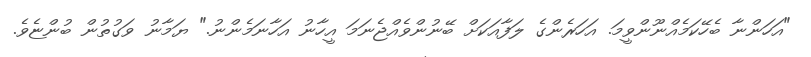
"އަހަންނާ ބެހޭކަމެއްނޫންވީމަ. އަހަރެންގެ ލަފާއަކަށް ބޭނުންވެއްޖެނަމަ އީހާނު އަހާނަމެންނު." ޔަމާނު ވަގުތުން ބުންޏެވެ.